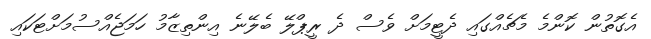
އެގޮތުން ކޮންމެ މެޗެއްގައި ދެޓީމަށް ވެސް ދެ ރީޕްލޭ ބެލޭނެ އިންތިޒާމު ހަމަޖެއްސުމަށްޓަކައި